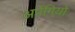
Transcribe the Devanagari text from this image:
अर्पेगियो